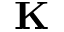
\mathbf { K }